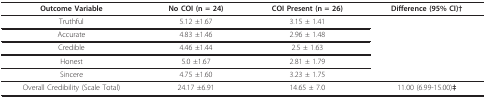
| Outcome Variable | No COI (n = 24) | COI Present (n = 26) | Difference (95% CI)† |
 | --- | --- | --- | --- |
 | Truthful | 5.12 ±1.67 | 3.15 ± 1.41 |  |
 | Accurate | 4.83 ±1.46 | 2.96 ± 1.48 |  |
 | Credible | 4.46 ±1.44 | 2.5 ± 1.63 |  |
 | Honest | 5.0 ±1.67 | 2.81 ± 1.79 |  |
 | Sincere | 4.75 ±1.60 | 3.23 ± 1.75 |  |
 | Overall Credibility (Scale Total) | 24.17 ±6.91 | 14.65 ± 7.0 | 11.00 (6.99-15.00)‡ |